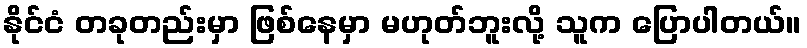
နိုင်ငံ တခုတည်းမှာ ဖြစ်နေမှာ မဟုတ်ဘူးလို့ သူက ပြောပါတယ်။